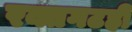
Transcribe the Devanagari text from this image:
रक्तगटही